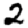
Digit: 2